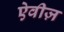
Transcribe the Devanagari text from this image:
ऐवीज़